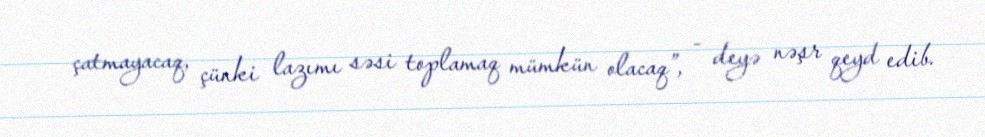
çatmayacaq, çünki lazımı səsi toplamaq mümkün olacaq”, - deyə nəşr qeyd edib.